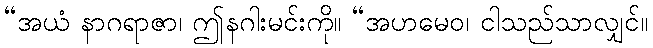
“အယံ နာဂရာဇာ၊ ဤနဂါးမင်းကို။ “အဟမေဝ၊ ငါသည်သာလျှင်။